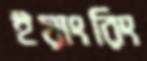
ইয়াংরিং